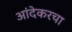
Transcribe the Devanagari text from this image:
आंदेकरचा